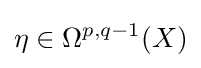
\eta \in \Omega ^{p,q-1}(X)